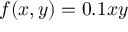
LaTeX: f ( x , y ) = 0 . 1 x y